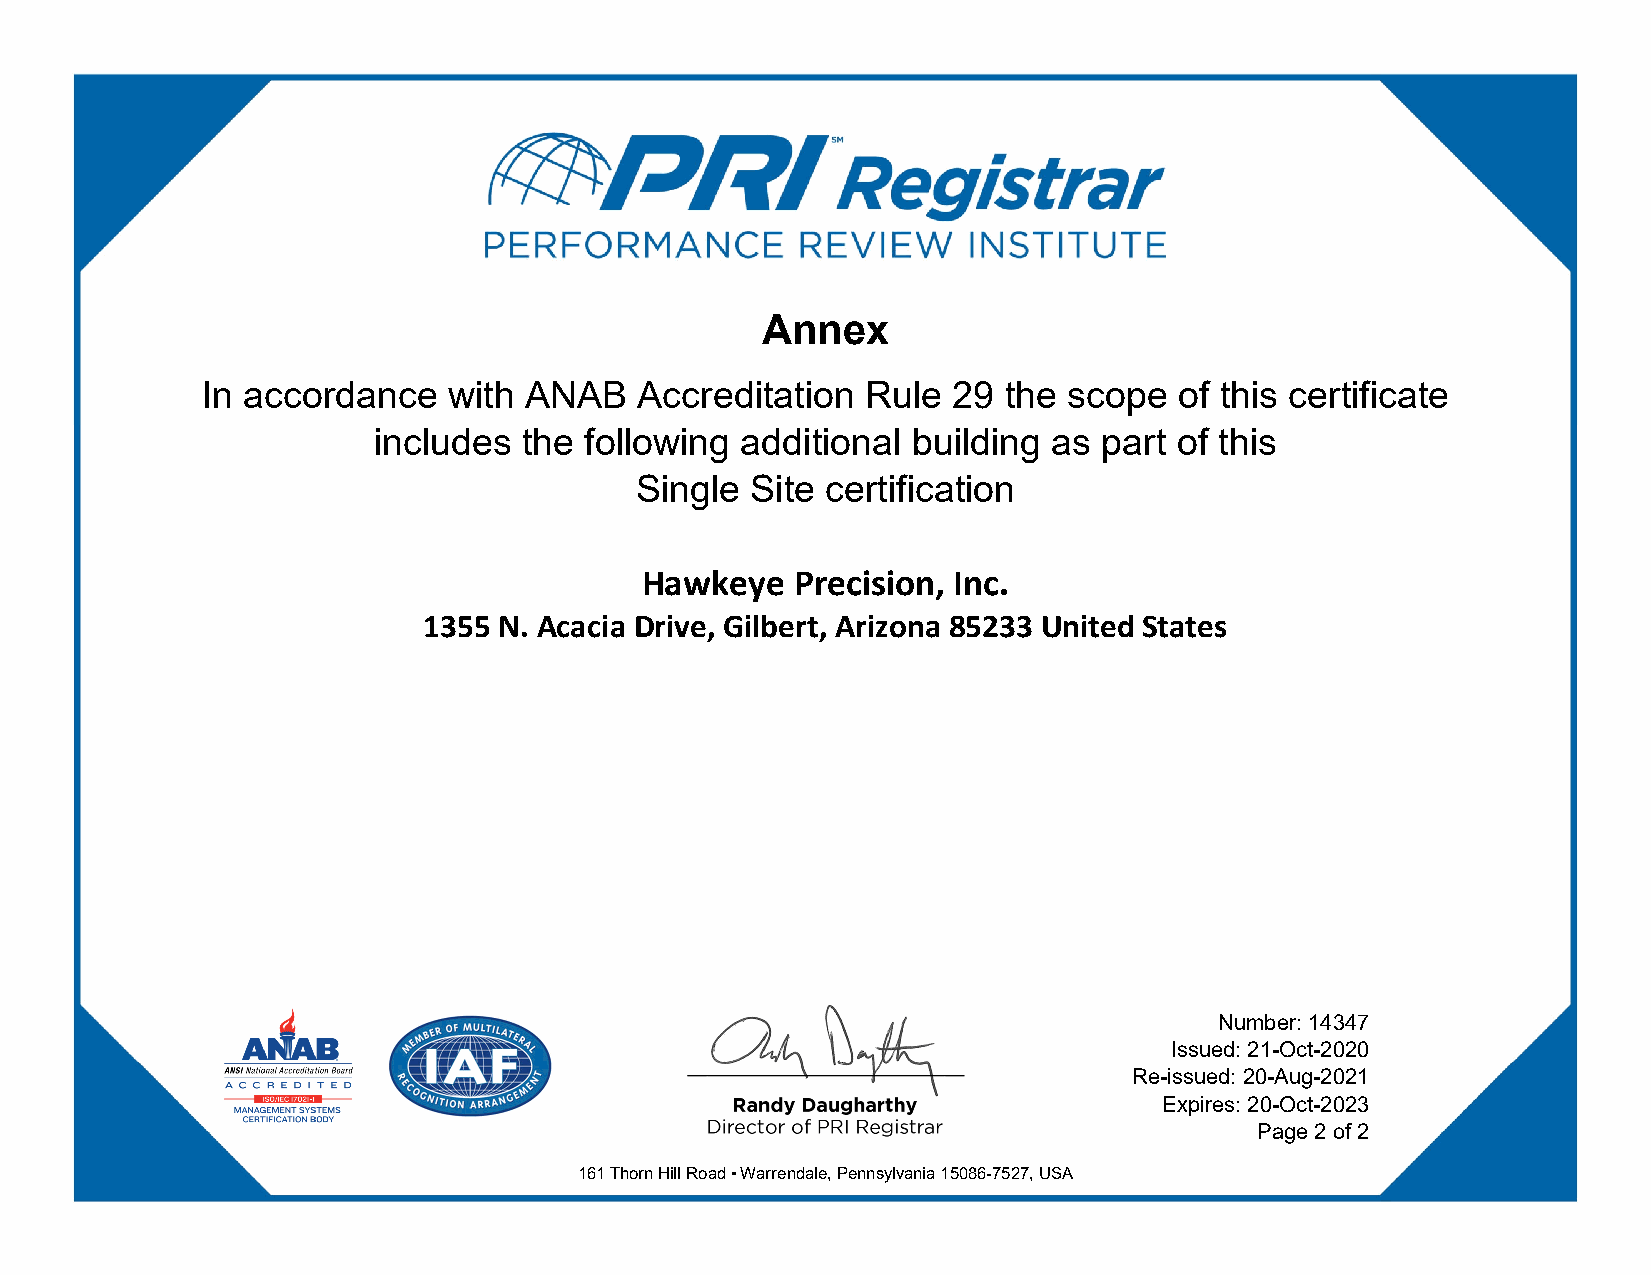
Annex
 In accordance    with ANAB   Accreditation  Rule  29 the  scope  of this certificate
 includes  the following additional building  as part of this
 Single  Site certification
 Hawkeye    Precision, Inc.
 1355 N. Acacia Drive, Gilbert, Arizona 85233 United States
 Number: 14347
 Issued: 21-Oct-2020
 Re-issued: 20-Aug-2021
 Expires: 20-Oct-2023
 Page 2 of 2
 161 Thorn Hill Road ▪ Warrendale, Pennsylvania 15086-7527, USA